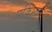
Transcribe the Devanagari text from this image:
पकिस्तन